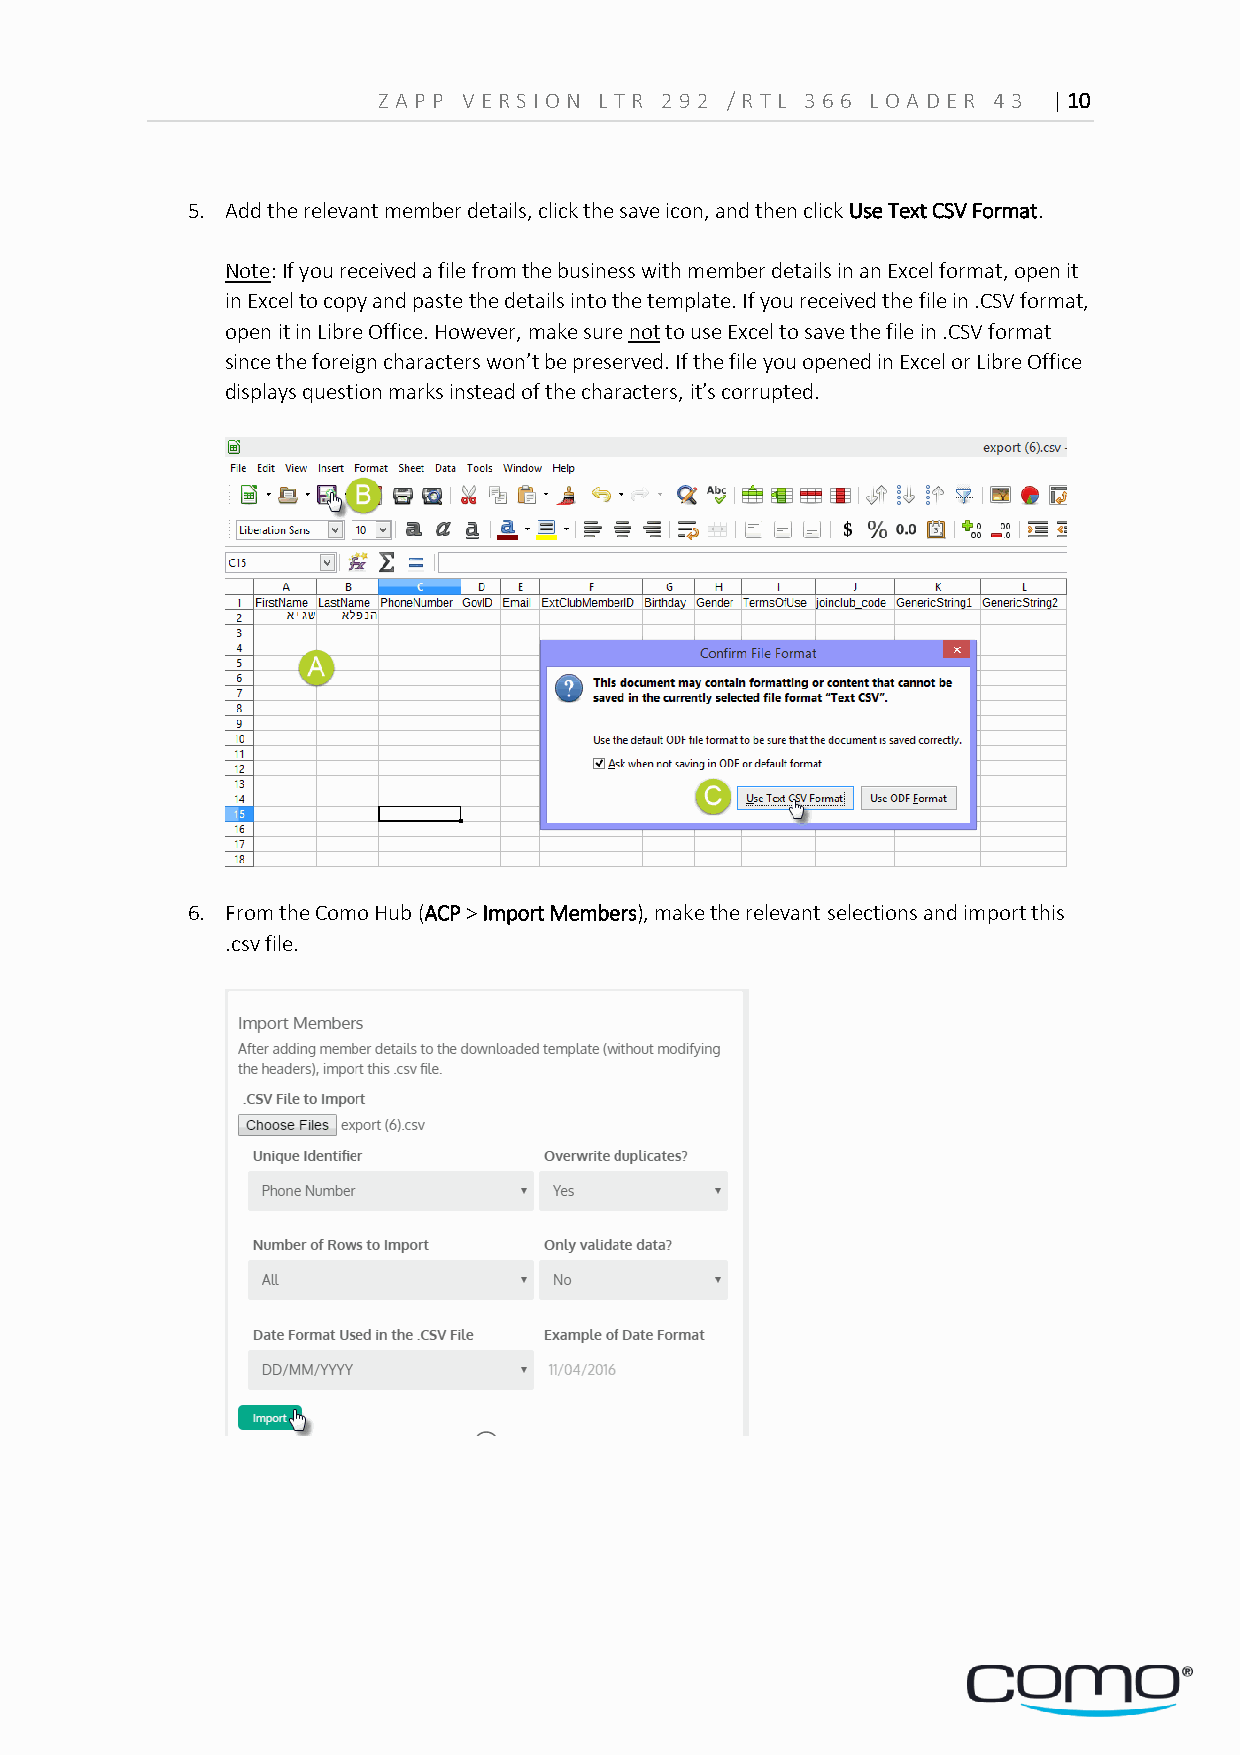
Z A PP VERS ION L TR 29 2 /RTL 36 6 LOA D ER 4 3 | 10
 5. Add the relevant member details, click the save icon, and then click Use Text CSV Format.
 Note: If you received a file from the business with member details in an Excel format, open it
 in Excel to copy and paste the details into the template. If you received the file in .CSV format,
 open it in Libre Office. However, make sure not to use Excel to save the file in .CSV format
 since the foreign characters won’t be preserved. If the file you opened in Excel or Libre Office
 displays question marks instead of the characters, it’s corrupted.
 6. From the Como Hub (ACP > Import Members), make the relevant selections and import this
 .csv file.